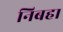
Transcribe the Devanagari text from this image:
निबहा